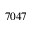
7 0 4 7